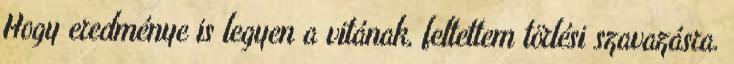
Hogy eredménye is legyen a vitának, feltettem törlési szavazásra.